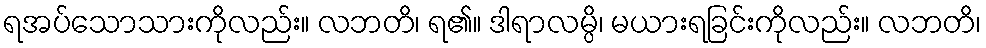
ရအပ်သောသားကိုလည်း။ လဘတိ၊ ရ၏။ ဒါရာလမ္ပိ၊ မယားရခြင်းကိုလည်း။ လဘတိ၊